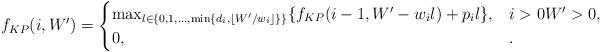
LaTeX: \begin{align*}& f_{KP}(i, W') = \begin{cases} \max_{ l \in \{0,1,\dots,\min\{d_i,\lfloor W'/w_i \rfloor\} \}} \{ f_{KP}(i-1,W'- w_i l) + p_i l \}, & i > 0 W' > 0, \\ 0, & . \end{cases}\end{align*}